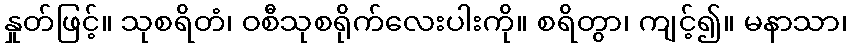
နှုတ်ဖြင့်။ သုစရိတံ၊ ဝစီသုစရိုက်လေးပါးကို။ စရိတွာ၊ ကျင့်၍။ မနာသာ၊